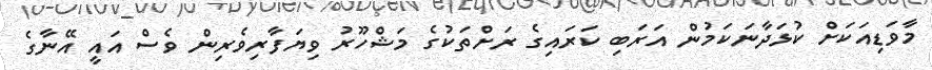
މާވަޑިއަކަށް ކުޅަދާނަކަމުން އަރަބި ކަރައިގެ ރަށްތަކުގެ މަޝްހޫރު ވިޔަފާރިވެރިން ވެސް އައީ އޭނާގެ